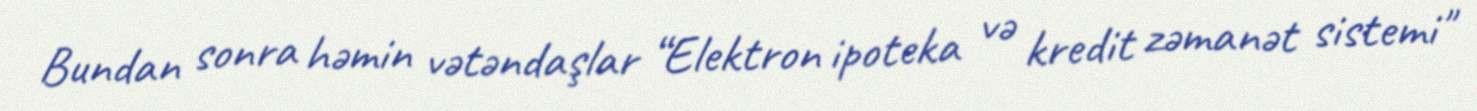
Bundan sonra həmin vətəndaşlar “Elektron ipoteka və kredit zəmanət sistemi"